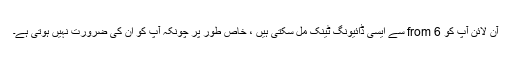
آن لائن آپ کو 6 from سے ایسی ڈائیونگ ٹینک مل سکتی ہیں ، خاص طور پر چونکہ آپ کو ان کی ضرورت نہیں ہوتی ہے۔